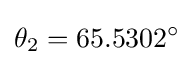
\theta _{2}=65.5302^{\circ }